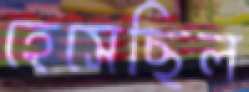
হেসেছিল